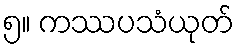
၅။ ကဿပသံယုတ်